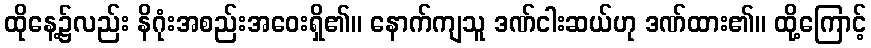
ထိုနေ့၌လည်း နိဂုံးအစည်းအဝေးရှိ၏။ နောက်ကျသူ ဒဏ်ငါးဆယ်ဟု ဒဏ်ထား၏။ ထို့ကြောင့်